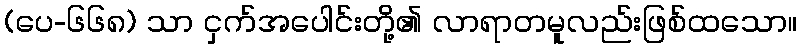
(ပေ-၆၆၈) သာ ငှက်အပေါင်းတို့၏ လာရာတမူလည်းဖြစ်ထသော။